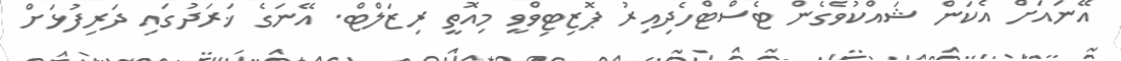
އޭނައަށް އެކަން ޝައްކުވެގެން ޓެސްޓްހެދިއިރު ޕޮޒިޓިވްވީ މިއޮތީ ރިޒަލްޓް. އޭނަގެ ޚަރަދުގައި ދަރިފުޅަށް